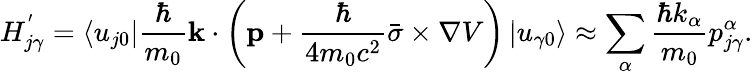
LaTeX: H_{j\gamma}^{'}=\left\langle u_{j0}\right|{\frac{\hbar}{m_{0}}}\mathbf{k}\cdot\left(\mathbf{p}+{\frac{\hbar}{4m_{0}c^{2}}}{\bar{\sigma}}\times\nabla V\right)\left|u_{\gamma 0}\right\rangle\approx\sum_{\alpha}{\frac{\hbar k_{\alpha}}{m_{0}}}p_{j\gamma}^{\alpha}.